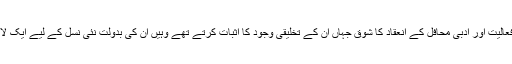
ان کے فنی تجربے، تخلیقی فعالیت اور ادبی محافل کے انعقاد کا شوق جہاں ان کے تخلیقی وجود کا اثبات کرتے تھے وہیں ان کی بدولت نئی نسل کے لیے ایک لائحۂ عمل بھی سامنے آتا تھا۔